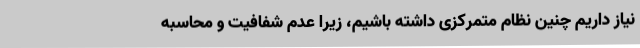
نیاز داریم چنین نظام متمرکزی داشته باشیم، زیرا عدم شفافیت و محاسبه